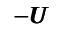
- { \pmb U }